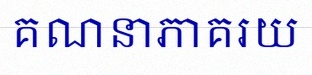
គណនាភាគរយ